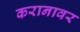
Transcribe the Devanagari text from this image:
करानावर